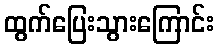
ထွက်ပြေးသွားကြောင်း